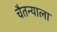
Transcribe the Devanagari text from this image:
चैतन्याला